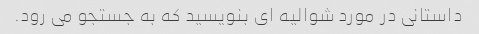
داستانی در مورد شوالیه ای بنویسید که به جستجو می رود.